Indian journal of veterinary science and animal husbandry - Volume 3,
Year: 1933
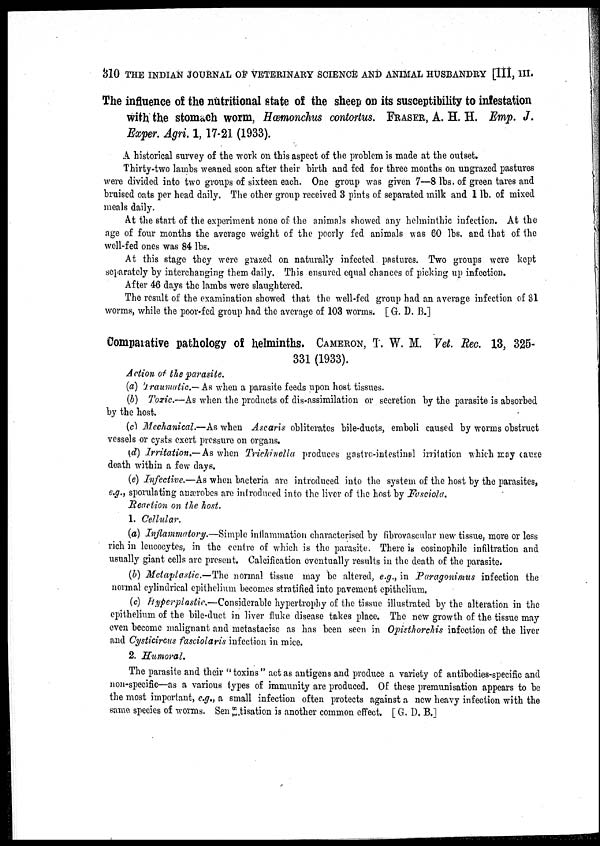
310 THE INDIAN JOURNAL OF VETERINARY SCIENCE AND ANIMAL HUSBANDRY [III, III.
The influence of the nutritional state of the sheep on its susceptibility to infestation
with the stomach worm, Hœmonchus contortus. FRASER, A. H. H. Emp. J.
Exper. Agri 1, 17-21 (1933).
A historical survey of the work on this aspect of the problem is made at the outset.
Thirty-two lambs weaned soon after their birth and fed for three months on ungrazed pastures
were divided into two groups of sixteen each. One group was given 7—8 lbs. of green tares and
bruised oats per head daily. The other group received 3 pints of separated milk and 1 lb. of mixed
meals daily.
At the start of the experiment none of the animals showed any helminthic infection. At the
age of four months the average weight of the poorly fed animals was 60 lbs. and that of the
well-fed ones was 84 lbs.
At this stage they were grazed on naturally infected pastures. Two groups were kept
separately by interchanging them daily. This ensured equal chances of picking up infection.
After 46 days the lambs were slaughtered.
The result of the examination showed that the well-fed group had an average infection of 31
worms, while the poor-fed group had the average of 103 worms. [G. D. B.]
Comparative pathology of helminths. CAMERON, T. W. M. Vet. Rec. 13, 325-
331 (1933).
Action of the parasite.
(a) Traumatic.— As when a parasite feeds upon host tissues.
(b) Toxic.—As when the products of dis-assimilation or secretion by the parasite is absorbed
by the host.
(c) Mechanical.—As when Ascaris obliterates bile-ducts, emboli caused by worms obstruct
vessels or cysts exert pressure on organs.
(d) Irritation.—As when Trichinella produces gastro-intestinal irritation which may cause
death within a few days.
(e) Infective.—As when bacteria are introduced into the system of the host by the parasites,
e.g., sporulating anærobes are introduced into the liver of the host by Fasciola.
Reaction on the host.
1. Cellular.
(a) Inflammatory.—Simple inflammation characterised by fibrovascular new tissue, more or less
rich in leucocytes, in the centre of which is the parasite. There is cosinophile infiltration and
usually giant cells are present. Calcification eventually results in the death of the parasite.
(b) Metaplastic .—The normal tissue may be altered, e.g., in Paragonimus infection the
normal cylindrical epithelium becomes stratified into pavement epithelium.
(c) Hyperplastic.—Considerable hypertrophy of the tissue illustrated by the alteration in the
epithelium of the bile-duct in liver fluke disease takes place. The new growth of the tissue may
even become malignant and metastacise as has been seen in Opisthorchis infection of the liver
and Cysticircus fasciolaris infection in mice.
2. Humoral.
The parasite and their "toxins" act as antigens and produce a variety of antibodies-specific and
non-specific—as a various types of immunity are produced. Of these premunisation appears to be
the most important, e.g., a small infection often protects against a new heavy infection with the
same species of worms. Sensitisation is another common effect. [ G. D. B.]